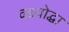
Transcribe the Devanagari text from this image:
वडयोद्धा